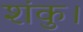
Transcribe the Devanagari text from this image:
शंकु।